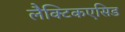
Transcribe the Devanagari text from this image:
लैक्टिकएसिड